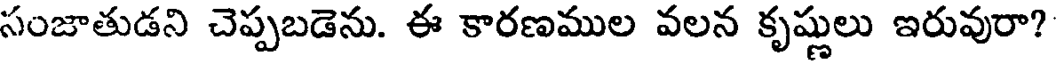
సంజాతుడని చెప్పబడెను. ఈ కారణముల వలన కృష్ణులు ఇరువురా?